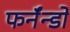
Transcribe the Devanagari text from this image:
फर्नॅन्डो